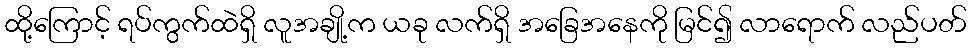
ထို့ကြောင့် ရပ်ကွက်ထဲရှိ လူအချို့က ယခု လက်ရှိ အခြေအနေကို မြင်၍ လာရောက် လည်ပတ်